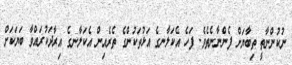
ނުކުންނާތީ ތިބާޔަށް ފެންނާނެތެވެ. ފަހެ އެކަލާނގެ އަޅުތަކުންގެ ތެރެއިން އެކަލާނގެ އިރާދަކުރައްވާ ބަޔަކަށް